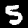
Label: 5